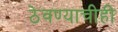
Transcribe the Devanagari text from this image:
ठेवण्याचीही